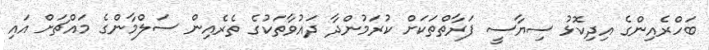
ބަހްރެއިންގެ އިދިކޮޅު ސިޔާސީ ފަރާތްތަކަށް ކުރަމުންދާ ދައުވާތަކުގެ ތެރެއިން ސަލްމާންގެ މައްޗަށް އައި